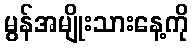
မွန်အမျိုးသားနေ့ကို